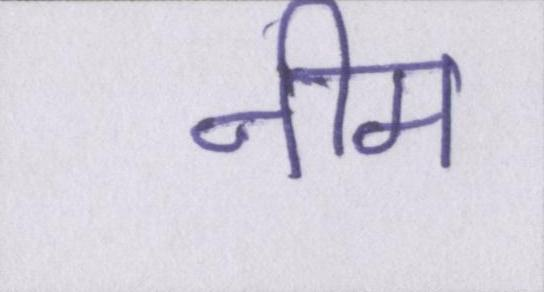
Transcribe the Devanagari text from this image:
नीम